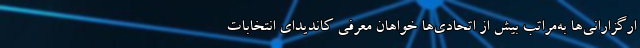
ارگزارانی‌ها به‌مراتب بیش از اتحادی‌ها خواهان معرفی کاندیدای انتخابات